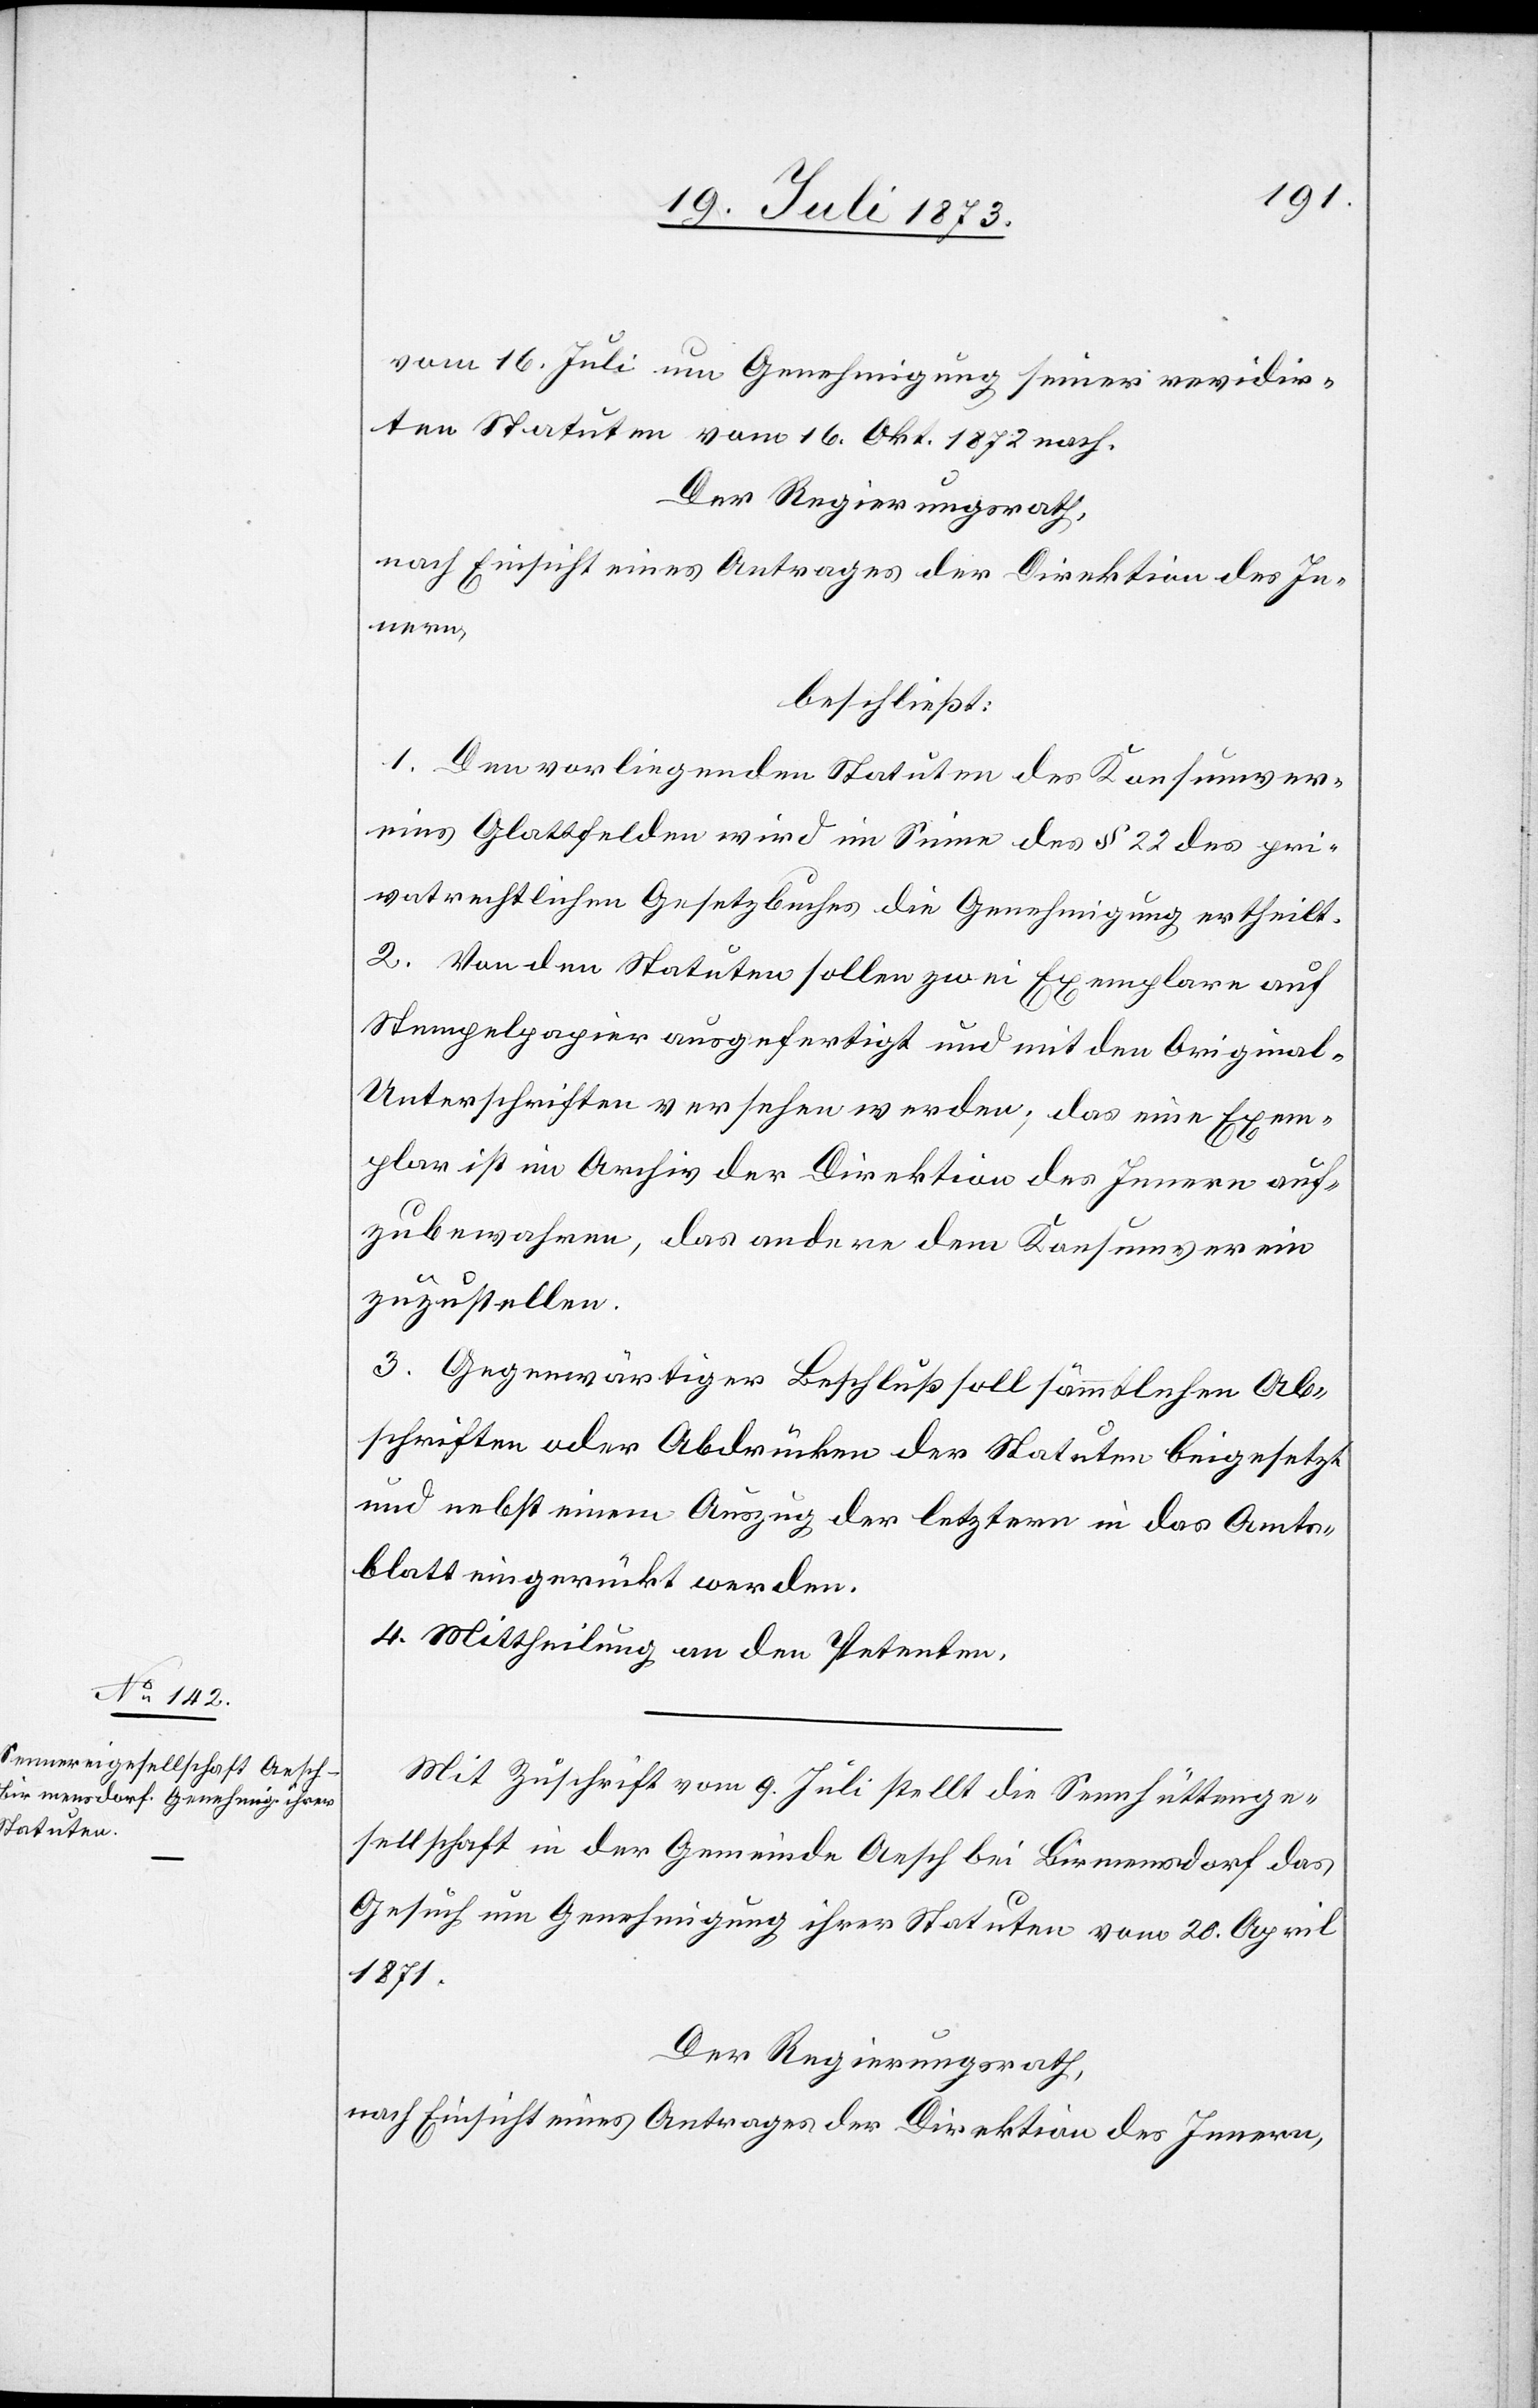
vom 16. Juli um Genehmigung seiner revidir¬
ten Statuten vom 16. Okt. 1872 nach.
Der Regierungsrath,
beschließt:
1. Den vorliegenden Statuten des Konsumver¬
eins Glattfelden wird im Sinne des § 22 des pri¬
vatrechtlichen Gesetzbuches die Genehmigung ertheilt.
2. Von den Statuten sollen zwei Exemplare auf
Stempelpapier ausgefertigt und mit den Original-U¬
nterschriften versehen werden; das eine Exem¬
plar ist im Archiv der Direktion des Innern auf¬
zubewahren, das andere dem Konsumverein
zuzustellen.
3. Gegenwärtiger Beschluß soll sämmtlichen Ab¬
schriften oder Abdrücken der Statuten beigesetzt
und nebst einem Auszug der letztern in das Amts¬
blatt eingerückt werden.
4. Mittheilung an den Petenten.
Mit Zuschrift vom 9. Juli stellt die Sennhüttenge¬
sellschaft in der Gemeinde Aesch bei Birmensdorf das
Gesuch um Genehmigung ihrer Statuten vom 20. April
1871.
Der Regierungsrath,
nach Einsicht eines Antrages der Direktion des Innern,